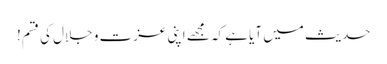
حدیث میں آیا ہے کہ مجھے اپنی عزت و جلال کی قسم!